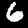
Digit: 6